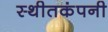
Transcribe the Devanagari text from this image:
स्थीतकंपनी